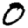
Digit: 0